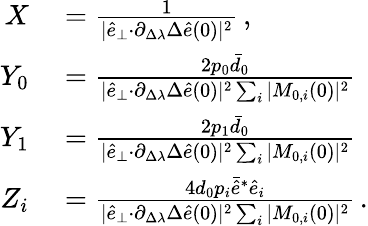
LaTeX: \begin{array}{rl}{X}&{{}=\frac{1}{\vert\hat{e}_{\perp}{\cdot}\partial_{\Delta\lambda}\Delta\hat{e}(0)\vert^{2}}\, ,}\\ {Y_{0}}&{{}=\frac{2p_{0}\bar{d}_{0}}{\vert\hat{e}_{\perp}{\cdot}\partial_{\Delta\lambda}\Delta\hat{e}(0)\vert^{2}\sum_{i}\vert M_{0,i}(0)\vert^{2}}}\\ {Y_{1}}&{{}=\frac{2p_{1}\bar{d}_{0}}{\vert\hat{e}_{\perp}{\cdot}\partial_{\Delta\lambda}\Delta\hat{e}(0)\vert^{2}\sum_{i}\vert M_{0,i}(0)\vert^{2}}}\\ {Z_{i}}&{{}=\frac{4d_{0}p_{i}\bar{\hat{e}}^{*}\hat{e}_{i}}{\vert\hat{e}_{\perp}{\cdot}\partial_{\Delta\lambda}\Delta\hat{e}(0)\vert^{2}\sum_{i}\vert M_{0,i}(0)\vert^{2}}\, .}\end{array}